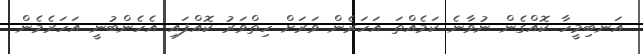
އަނބިމީހާ ކޮއްގެން ނުވާނެ ކަމެއްތަ އަހަރެން ވަރަށް ހިތްވަރު ކޮއްފައި އެހެންބުނީ އަހަރެމެން